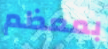
بمعظم